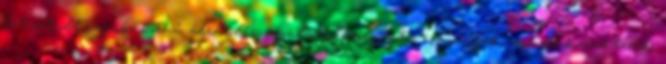
letisztult rajzok, korhű ábrázolás, izgalmas, fordulatos események, valódi karakterek.